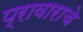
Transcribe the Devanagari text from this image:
प्रावाराचे